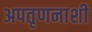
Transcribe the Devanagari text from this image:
अपतृणनाशी